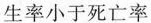
生率小于死亡率